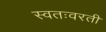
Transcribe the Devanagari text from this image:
स्वतःवरती